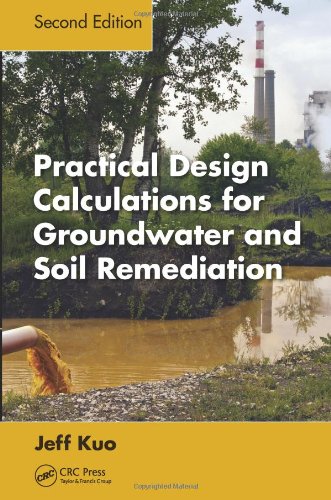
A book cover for Practical Design Calculations for Groundwater and Soil Remediation, Second Edition; Jeff Kuo; Science & Math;